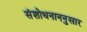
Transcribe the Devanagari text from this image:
संशोधनाननुसार